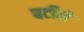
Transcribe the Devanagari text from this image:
बर्टीले